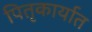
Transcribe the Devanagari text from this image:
पितृकार्यात